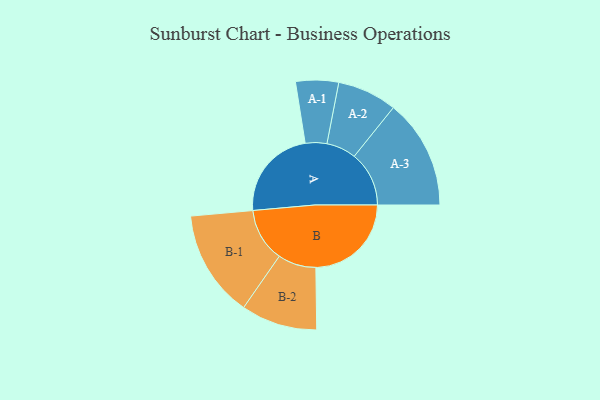
{"axis": {"x": "Segment", "y": "Value"}, "legend": ["", "A", "B"], "data": [{"x": "A", "y": 464, "type": ""}, {"x": "B", "y": 481, "type": ""}, {"x": "A-1", "y": 108, "type": "A"}, {"x": "A-2", "y": 150, "type": "A"}, {"x": "A-3", "y": 276, "type": "A"}, {"x": "B-1", "y": 270, "type": "B"}, {"x": "B-2", "y": 192, "type": "B"}]}